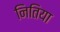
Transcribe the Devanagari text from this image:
नितिया